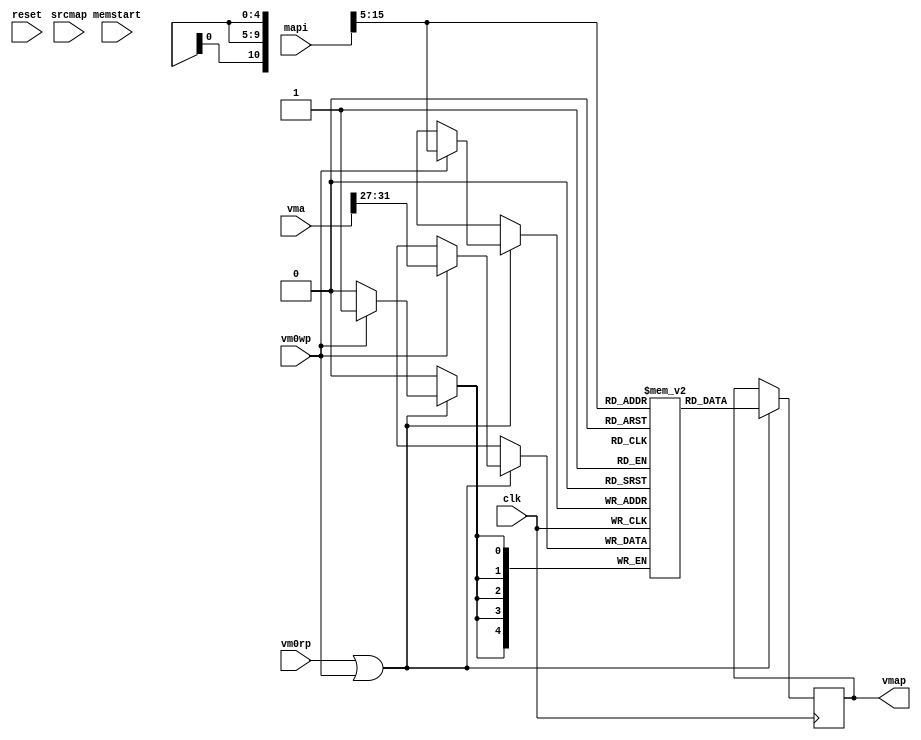
// VMEM0 --- VIRTUAL MEMORY MAP STAGE 0
//
// ---!!! Add description.
//
// History:
//
//   (20YY-MM-DD HH:mm:ss BRAD) Converted to Verilog.
//	???: Nets added.
//	???: Nets removed.
//   (1978-08-22 11:29:05 TK) Initial.

`timescale 1ns/1ps
`default_nettype none

module VMEM0(/*AUTOARG*/
   // Outputs
   vmap,
   // Inputs
   clk, reset, mapi, vma, memstart, srcmap, vm0rp, vm0wp
   );

   input clk;
   input reset;

   input [23:8] mapi;
   input [31:0] vma;
   input memstart;
   input srcmap;
   input vm0rp;
   input vm0wp;
   output [4:0] vmap;

   ////////////////////////////////////////////////////////////////////////////////

   localparam ADDR_WIDTH = 11;
   localparam DATA_WIDTH = 5;
   localparam MEM_DEPTH = 2048;

   wire [10:0] vmem0_adr;
   wire use_map;

   ////////////////////////////////////////////////////////////////////////////////

   assign vmem0_adr = mapi[23:13];

`ifdef ISE
   wire ena_a = vm0rp && ~vm0wp | 1'b0;
   wire ena_b = 1'b0 | vm0wp;

   ise_VMEM0 inst
     (
      .clka(clk),
      .ena(ena_a),
      .wea(1'b0),
      .addra(vmem0_adr),
      .dina(5'b0),
      .douta(vmap),
      .clkb(clk),
      .enb(ena_b),
      .web(vm0wp),
      .addrb(vmem0_adr),
      .dinb(vma[31:27]),
      .doutb()
      /*AUTOINST*/);
		
`else 

	reg [4:0] ram [0:2047];
   reg [4:0] out_a;
	initial out_a = 0;
   
	assign vmap = out_a;

	wire [4:0] vma_in = vma[31:27];
	wire vma_en = vm0rp | vm0wp;
	
	always @(posedge clk) begin
		if (vma_en) begin
			if (vm0wp) begin
				ram[vmem0_adr] <= vma_in;
			end
			out_a <= ram[vmem0_adr];
		end
	end

`endif

   assign use_map = srcmap | memstart;

endmodule

`default_nettype wire

// Local Variables:
// verilog-library-directories: (".." "../cores/xilinx")
// End: